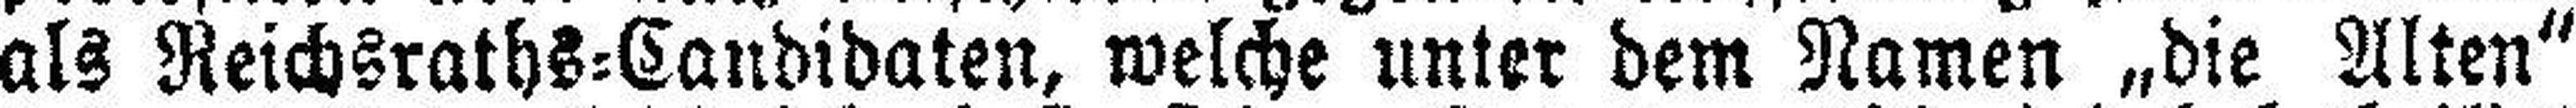
als Reichsraths=Candidaten, welche unter dem Namen „die Alten“